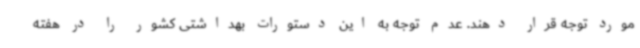
مورد توجه قرار دهند. عدم توجه به این دستورات بهداشتی کشور را در هفته